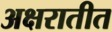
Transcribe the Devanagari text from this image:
अक्षरातीत